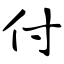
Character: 付